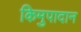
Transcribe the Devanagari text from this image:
किमुपादान